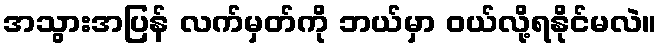
အသွားအပြန် လက်မှတ်ကို ဘယ်မှာ ဝယ်လို့ရနိုင်မလဲ။